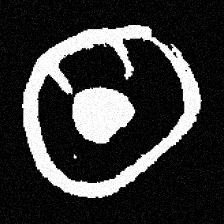
Pyu character \u2014 Myanmar letter: ထ (romanized: tha)